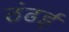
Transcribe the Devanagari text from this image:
ठंढई